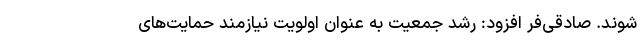
شوند. صادقی‌فر افزود: رشد جمعیت به عنوان اولویت نیازمند حمایت‌های